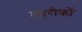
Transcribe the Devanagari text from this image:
तहरीकों